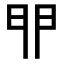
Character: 𨳈